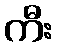
ကီး